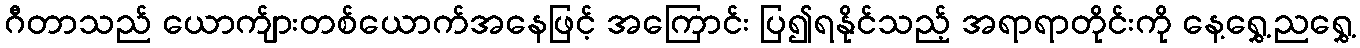
ဂီတာသည် ယောက်ျားတစ်ယောက်အနေဖြင့် အကြောင်း ပြ၍ရနိုင်သည့် အရာရာတိုင်းကို နေ့ရွှေ့ညရွှေ့